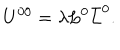
U ^ { 0 0 } = \lambda L ^ { 0 } \bar { L } ^ { 0 } .